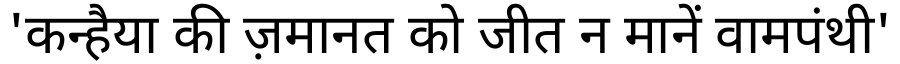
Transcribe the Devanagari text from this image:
'कन्हैया की ज़मानत को जीत न मानें वामपंथी'